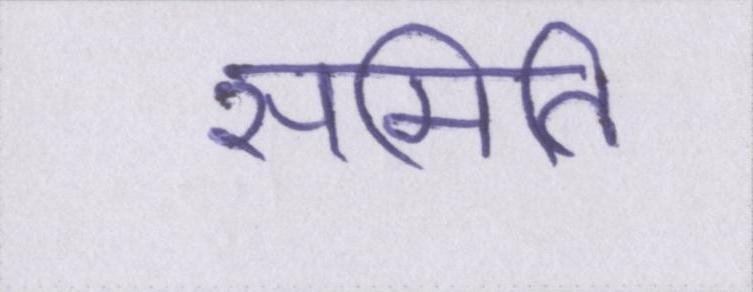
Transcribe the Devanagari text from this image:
समिति